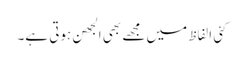
کئی الفاظ میں مجھے بھی الجھن ہوتی ہے۔